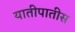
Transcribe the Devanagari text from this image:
यातीपातीस